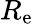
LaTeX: R_{\mathrm{e}}